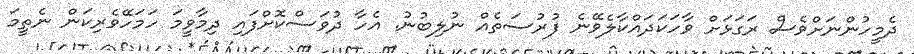
ދެމީހުންނަށްވެސް ރަގަޅަށް ވާހަކަދައްކާލެވޭނެ ފުރުސަތެއް ނުލިބުނު. އެހާ ދުވަސްކޮށްފައި ދިމާވީމަ ހަމަހޭވެރިކަން ނެތީމަ